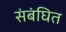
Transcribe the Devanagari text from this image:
संबंघित